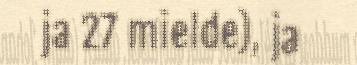
ja 27 mielde), ja